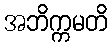
အဘိက္ကမတိ